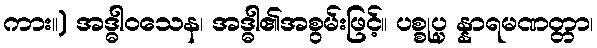
ကား။) အဒ္ဓါဝသေန၊ အဒ္ဓါ၏အစွမ်းဖြင့်။ ပစ္စုပ္ပ န္နာရမဏတ္တာ၊